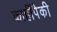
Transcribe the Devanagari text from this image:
काहींपैकी